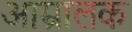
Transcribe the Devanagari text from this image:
आम्रालक